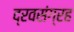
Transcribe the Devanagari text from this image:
द्रवसंग्रह